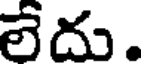
లేదు.